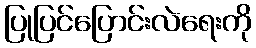
ပြုပြင်ပြောင်းလဲရေးကို